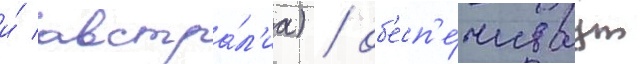
и́ австра́л'иа) / об'есп'е́чиваут